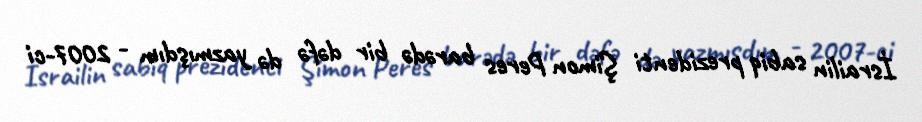
İsrailin sabiq prezidenti Şimon Peres barədə bir dəfə də yazmışdım - 2007-ci